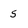
Character: 5